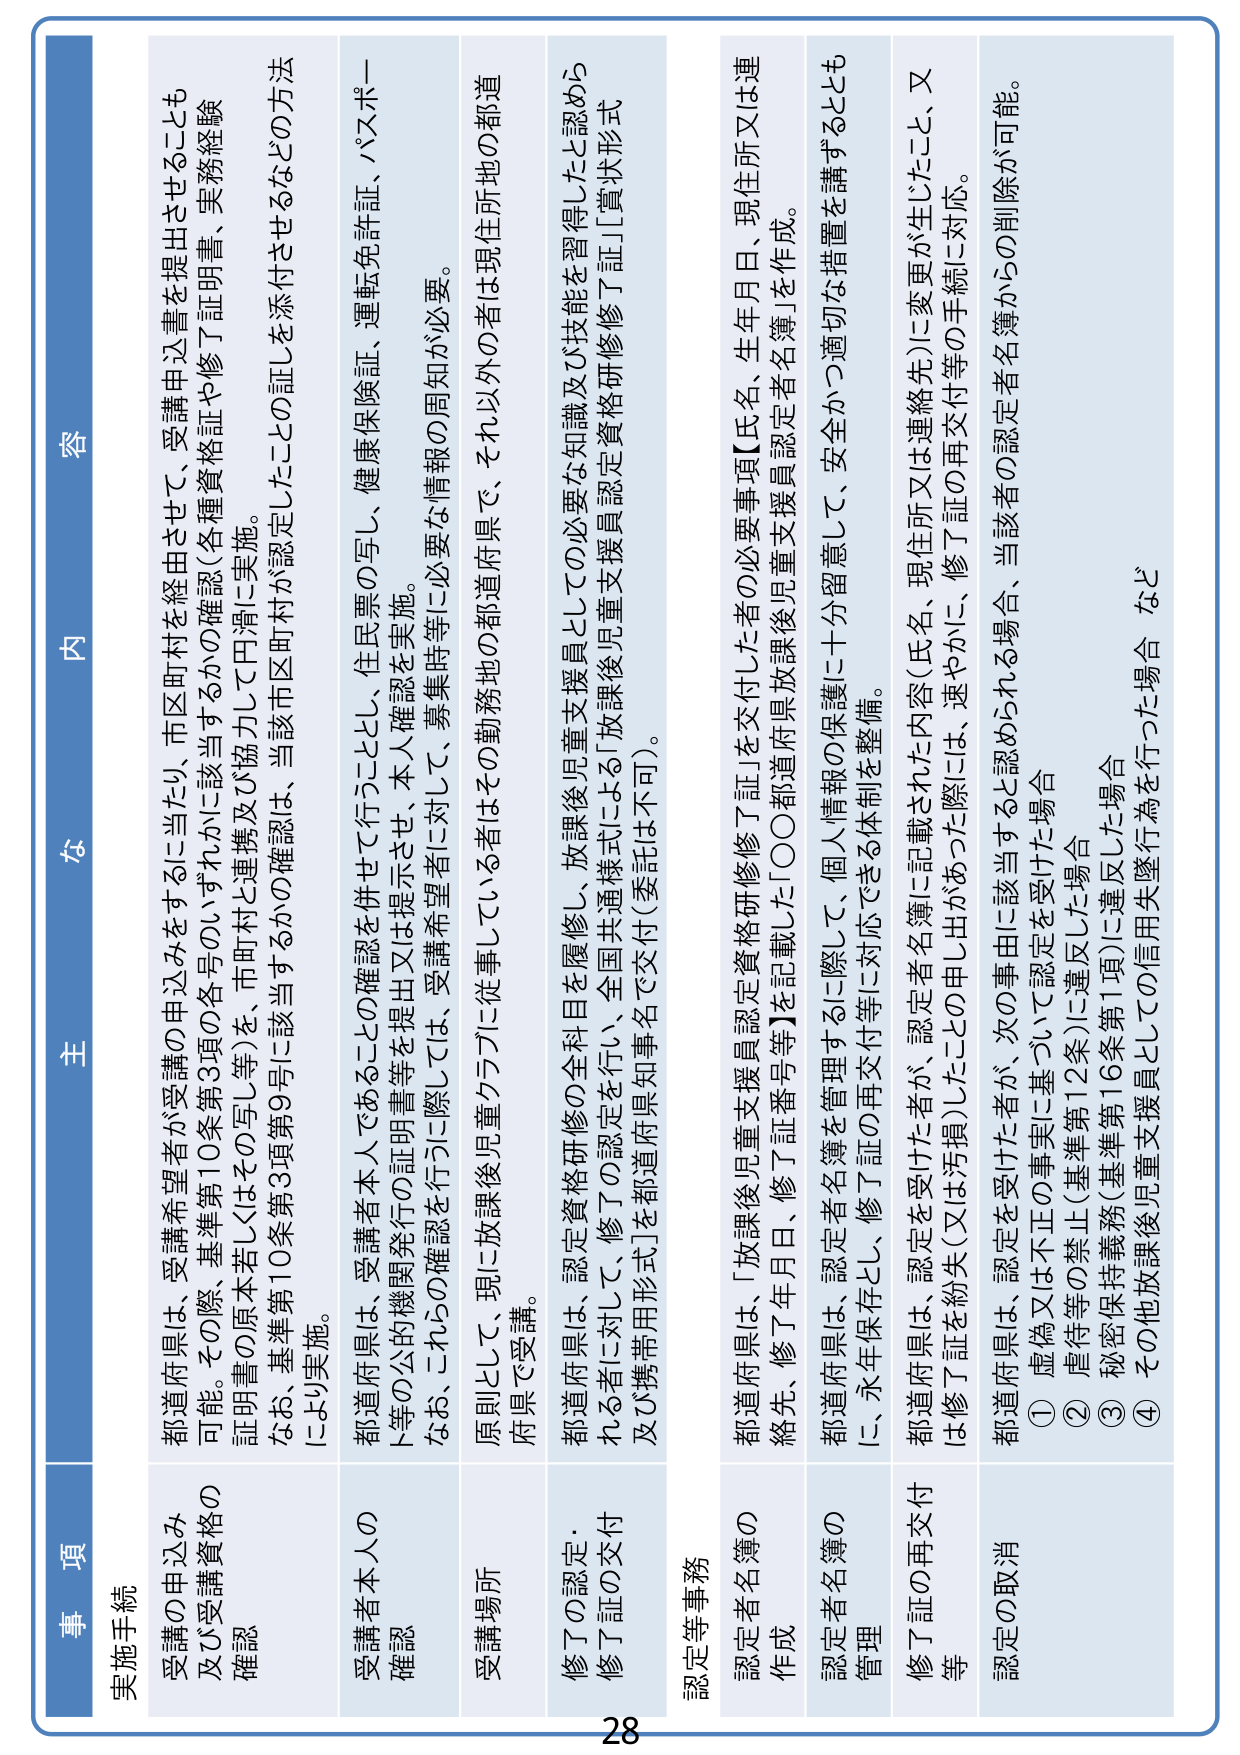
主な内容

実施手続

受講の申込み及び受講資格の確認
都道府県は、受講希望者が受講の申込みをすることに当たり、市区町村を経由させて、受講申込書を提出させることも可能。その際、基準第10条第3項の各号のいずれかに該当するかの確認（各種資格証や修了証明書、実務経験証明書の原本若しくはその写し等）を、市町村と連携及び協力して円滑に実施。
なお、基準第10条第3項第9号に該当するかの確認は、当該市区町村が認定したことの証しを添付させるなどの方法により実施。

受講者本人の確認
都道府県は、受講者本人であることを確認を併せて行うこととし、住民票の写し、健康保険証、運転免許証、パスポート等の公的機関発行の証明書等を提出又は提示させ、本人確認を実施。
なお、これらの確認を行うに際しては、受講希望者に対して、募集時等に必要な情報の周知が必要。

受講場所
原則として、現に放課後児童クラブに従事している者はその勤務地の都道府県で、それ以外の者は現住所地の都道府県で受講。

修了の認定・修了証の交付
都道府県は、認定資格研修の全科目を履修し、放課後児童支援員としての必要な知識及び技能を習得したと認められる者に対して、修了の認定を行い、全国共通様式による「放課後児童支援員認定資格研修修了証」[賞状形式及び携帯用形式]を都道府県知事名で交付（委託は不可）。

認定等事務

認定者名簿の作成
都道府県は、「放課後児童支援員認定資格研修修了証」を交付した者の必要事項【氏名、生年月日、現住所又は連絡先、修了年月日、修了証番号等】を記載した「○○都道府県放課後児童支援員認定者名簿」を作成。

認定者名簿の管理
都道府県は、認定者名簿を管理するに際して、個人情報の保護に十分留意して、安全かつ適切な措置を講ずるとともに、永年保存とし、修了証の再交付等に対応できる体制を整備。

修了証の再交付等
都道府県は、認定を受けた者が、認定者名簿に記載された内容（氏名、現住所又は連絡先）に変更が生じたこと、又は修了証を紛失（又は汚損）したこの申し出があった際には、速やかに、修了証の再交付等の手続に対応。

認定の取消
都道府県は、認定を受けた者が、次の事由に該当すると認められる場合、当該者の認定者名簿からの削除が可能。
① 虚偽又は不正の事実に基づいて認定を受けた場合
② 虐待等の禁止（基準第12条）に違反した場合
③ 秘密保持義務（基準第16条第1項）に違反した場合
④ その他放課後児童支援員としての信用失墜行為を行った場合 など

28